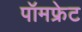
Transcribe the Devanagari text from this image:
पॉमफ्रेट